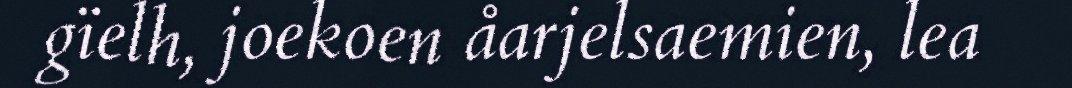
gïelh, joekoen åarjelsaemien, lea